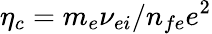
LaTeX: \eta_{c}=m_{e}\nu_{ei}/n_{fe}e^{2}